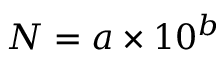
N = a \times 1 0 ^ { b }